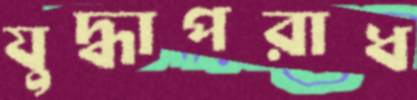
যুদ্ধাপরাধ